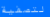
لتصفية